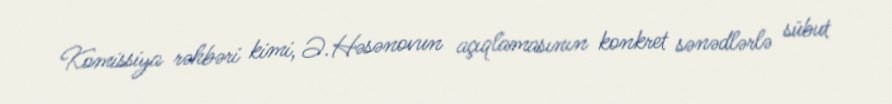
Komissiya rəhbəri kimi, Ə.Həsənovun açıqlamasının konkret sənədlərlə sübut